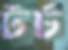
টর্চ